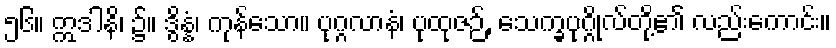
၅၆။ ဣဒါနိ၊ ၌။ ဒွိန္နံ၊ ကုန်သော။ ပုဂ္ဂလာနံ၊ ပုထုဇဉ်, သေက္ခပုဂ္ဂိုလ်တို့၏ လည်းကောင်း။